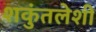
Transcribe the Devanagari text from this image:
शकुंतलेशी